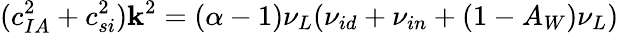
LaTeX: (c_{IA}^{2}+c_{si}^{2})\mathbf{k}^{2}=(\alpha-1){\nu_{L}}({\nu_{id}}+{\nu_{in}}+(1-A_{W}){\nu_{L}})